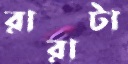
রারাটা